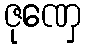
ဇုဏှေ